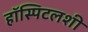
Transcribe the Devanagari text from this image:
हॉस्पिटलशी